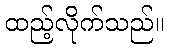
ထည့်လိုက်သည်။